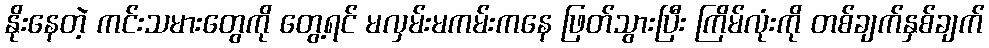
နိုးနေတဲ့ ကင်းသမားတွေကို တွေ့ရင် မလှမ်းမကမ်းကနေ ဖြတ်သွားပြီး ကြိမ်လုံးကို တစ်ချက်နှစ်ချက်